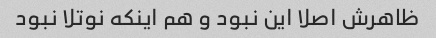
ظاهرش اصلا این نبود و هم اینکه نوتلا نبود